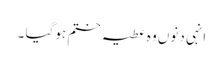
انہی دنوں وہ عطیہ ختم ہوگیا ۔